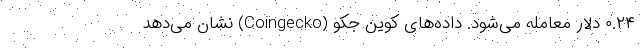
۰.۲۴ دلار معامله می‌شود. داده‌های کوین جکو (Coingecko) نشان می‌دهد